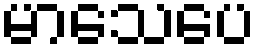
မာသေပေ